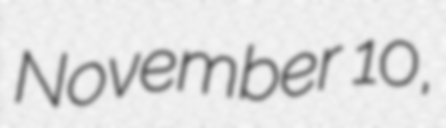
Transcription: November 10,